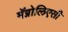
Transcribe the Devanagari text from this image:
मॅग्नोलिएसी